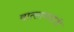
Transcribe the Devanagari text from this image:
वात्सायनांनी